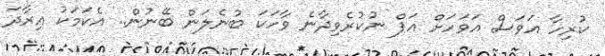
ކުރިހާ އަވަސް އަވަހަށް އަޕް ނުކުރެވިދާނެ ވާހަކަ ބުނެލަން ބޭނުން.. އެކަމަކު އިރާދަ